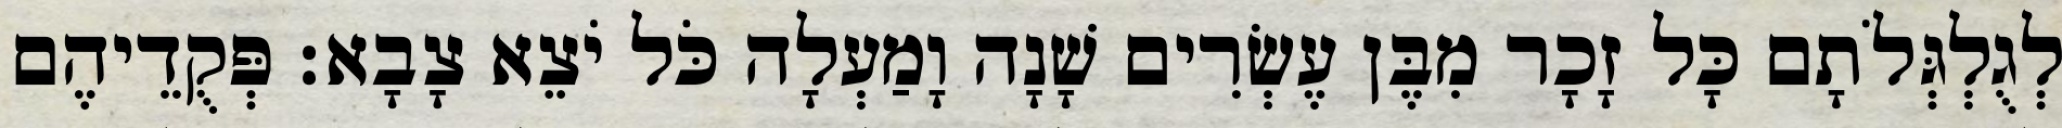
לְגֻלְגְּלֹתָם כָּל זָכָר מִבֶּן עֶשְׂרִים שָׁנָה וָמַעְלָה כֹּל יֹצֵא צָבָא׃ פְּקֻדֵיהֶם